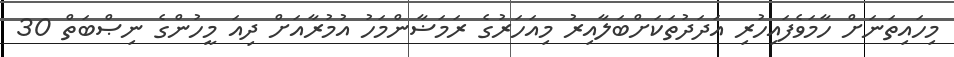
މިހައިތަނަށް ހާމަވެފައިހުރި އަދަދުތަކަށްބަލާއިރު މިއަހަރުގެ ރަމަޟާންމަހު އުމުރާއަށް ދިއަ މީހުންގެ ނިޞްބަތް 30